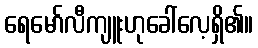
ရေမော်လီကျူးဟုခေါ်လေ့ရှိ၏။